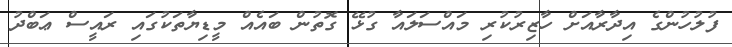
ފުލުހުންގެ އިދާރާއަށް ހާޒިރުކުރި މައްސަލައާ ގުޅޭ ގޮތުން ބައެއް މީޑިޔާތަކުގައި ރައީސް ޢަބްދު